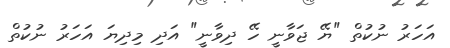
އަހަރު ނުކުތް "ޔޭ ޖަވާނީ ހޭ ދިވާނީ" އަދި މިދިޔަ އަހަރު ނުކުތް